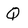
Character: Q